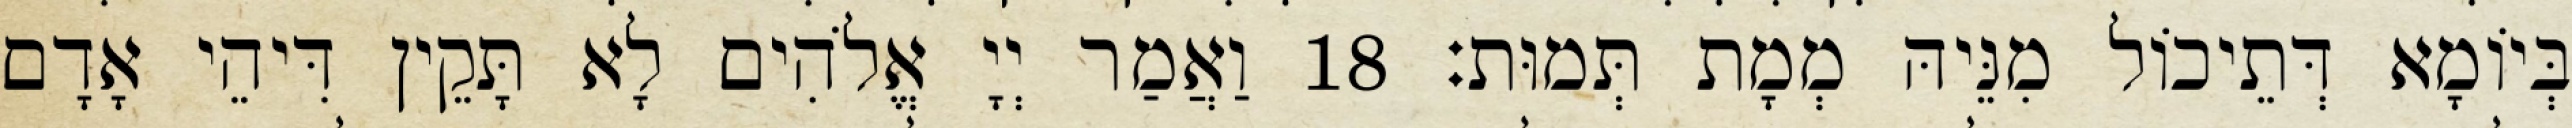
בְּיוֹמָא דְּתֵיכוֹל מִנֵּיהּ מְמָת תְּמוּת׃ 18 וַאֲמַר יְיָ אֱלֹהִים לָא תָּקֵין דִּיהֵי אָדָם